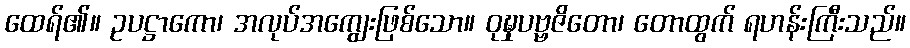
ထေရ်၏။ ဥပဋ္ဌာကော၊ အလုပ်အကျွေးဖြစ်သော။ ဝုဍ္ဎှပဗ္ဗဇိတော၊ တောထွက် ရဟန်းကြီးသည်။